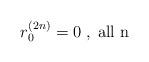
LaTeX: \begin{align*}r_{0}^{(2n)} = 0 \;,\; \mbox{all n}\end{align*}